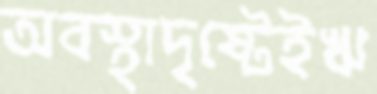
অবস্থাদৃষ্টেইঋ